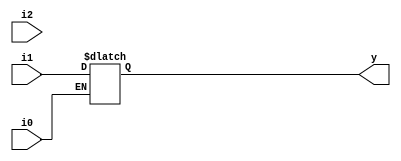
module incomp_if (input i0 , input i1 , input i2 , output reg y);
always @ (*)
begin
	if(i0)
		y <= i1;
end
endmodule